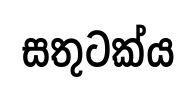
සතුටක්ය